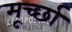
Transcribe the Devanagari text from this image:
मूर्च्‍छा